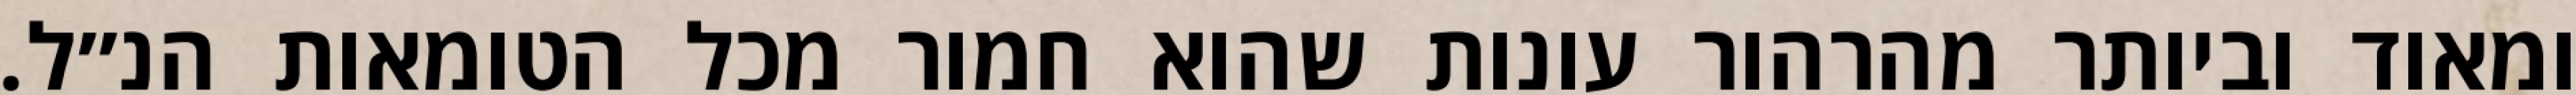
ומאוד וביותר מהרהור עונות שהוא חמור מכל הטומאות הנ״ל.